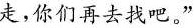
走，你们再去找吧。”